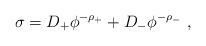
LaTeX: \begin{align*}\sigma = D_+ \phi^{-\rho_+} + D_- \phi^{-\rho_-}~,\end{align*}